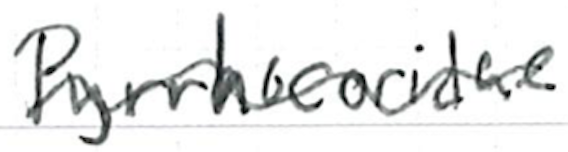
Text: Pyrrhocoridae
Cross-out: wave
Writing tool: ballpoint